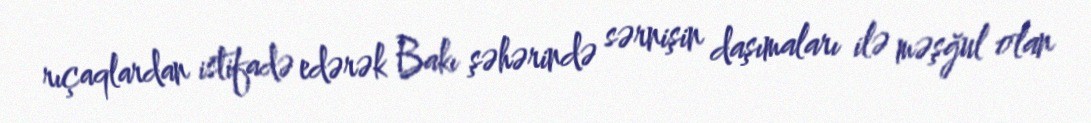
rıçaqlardan istifadə edərək Bakı şəhərində sərnişin daşımaları ilə məşğul olan